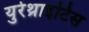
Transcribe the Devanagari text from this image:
युरेथ्राइटिस